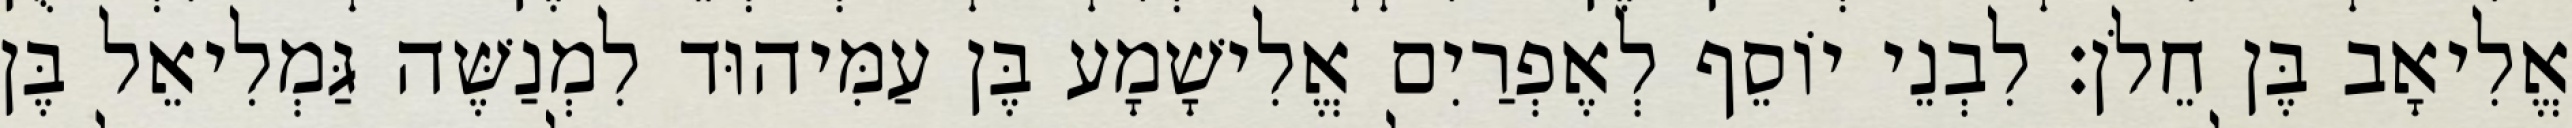
אֱלִיאָב בֶּן חֵלֹן׃ לִבְנֵי יוֹסֵף לְאֶפְרַיִם אֱלִישָׁמָע בֶּן עַמִּיהוּד לִמְנַשֶּׁה גַּמְלִיאֵל בֶּן